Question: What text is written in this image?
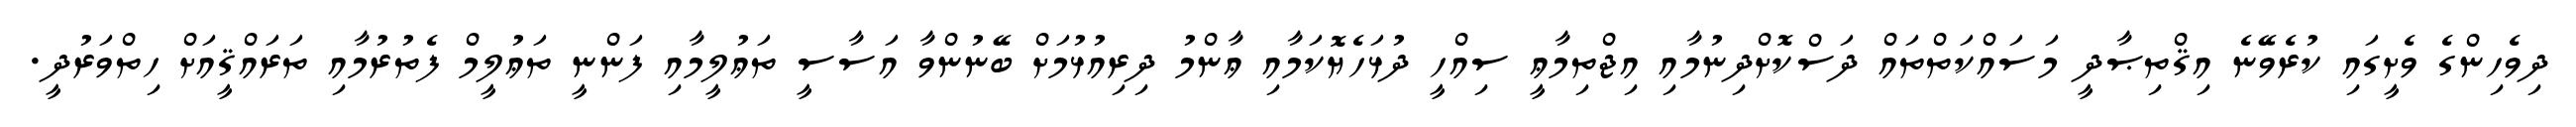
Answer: ދިވެހިންގެ ވެށީގައި ކުރެވޭނެ އިޤްތިޞާދީ މަސައްކަތްތައް ދަސްކޮށްދިނުމާއި އިޖްތިމާޢީ ސިއްހީ ދުޅަހެޔޮކަމާއި ޢާންމު ދިރިއުޅުމަށް ބޭނުންވާ އަސާސީ ތަޢުލީމާއި ފަންނީ ތަޢުލީމް ފެތުރުމާއި ތަރައްޤީއަށް ހިތްވަރުދީ.